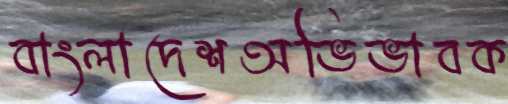
বাংলাদেশঅভিভাবক